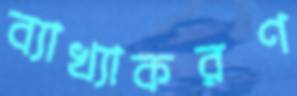
ব্যাখ্যাকরণ